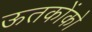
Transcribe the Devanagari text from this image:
ऊतकोंको